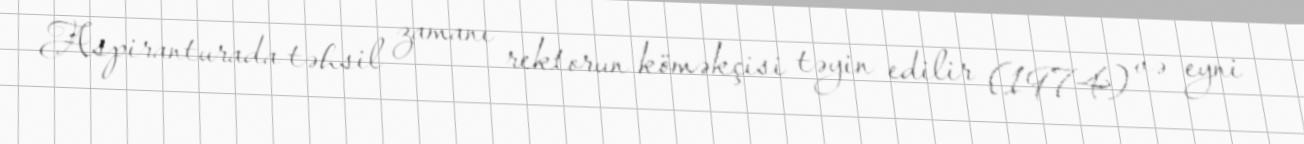
Aspiranturada təhsil zamanı rektorun köməkçisi təyin edilir (1974) və eyni